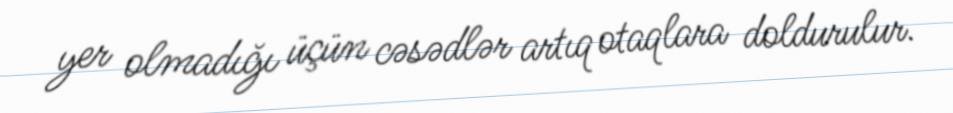
yer olmadığı üçün cəsədlər artıq otaqlara doldurulur.